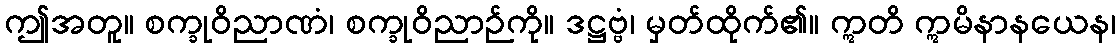
ဤအတူ။ စက္ခုဝိညာဏံ၊ စက္ခုဝိညာဉ်ကို။ ဒဋ္ဌဗ္ဗံ၊ မှတ်ထိုက်၏။ ဣတိ ဣမိနာနယေန၊